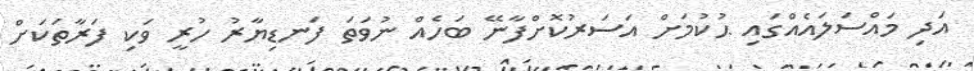
އަދި މައްސަލައެއްގައި ޙުކުމަށް އަސަރުކޮށްފާނޭ ބަހެއް ނުވަތަ ފަނޑިޔާރު ހުރީ ވަކި ފަރާތަކަށް